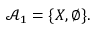
{ \mathcal { A } } _ { 1 } = \{ X , \emptyset \} .